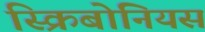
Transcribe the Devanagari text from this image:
स्क्रिबोनियस